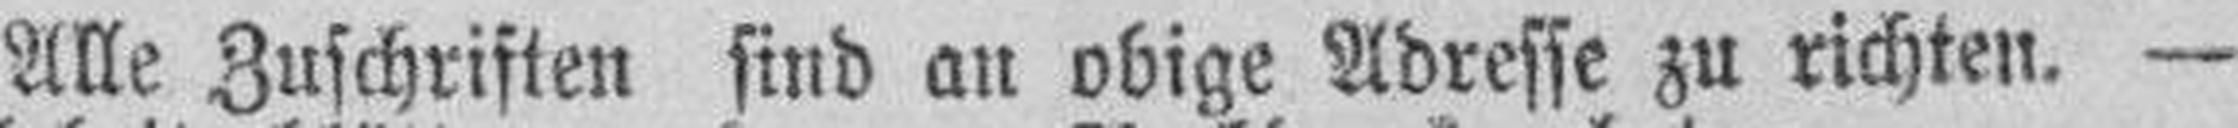
Alle Zuschriften sind an obige Adresse zu richten. —